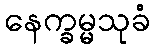
နေက္ခမ္မသုခံ